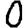
Digit: 0